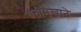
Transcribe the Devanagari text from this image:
यतीमखाने